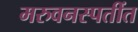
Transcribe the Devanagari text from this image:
मरुवनस्पतींत